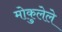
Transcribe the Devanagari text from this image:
मोकुलेले